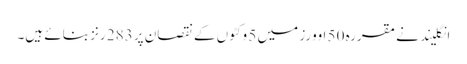
انگلیند نے مقررہ 50 اوورز میں 5 وکٹوں کے نقصان پر 283 رنز بنائے ہیں۔